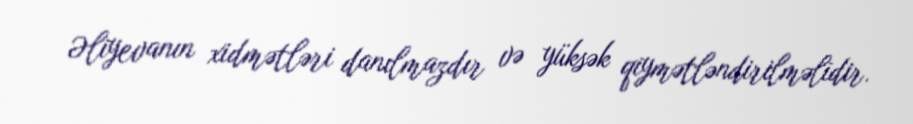
Əliyevanın xidmətləri danılmazdır və yüksək qiymətləndirilməlidir.